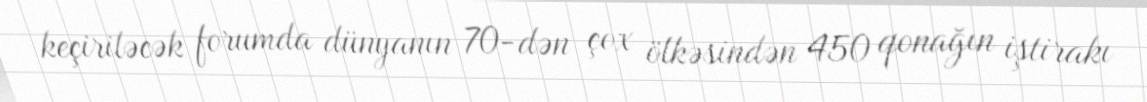
keçiriləcək forumda dünyanın 70-dən çox ölkəsindən 450 qonağın iştirakı